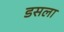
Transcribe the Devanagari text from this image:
डसला